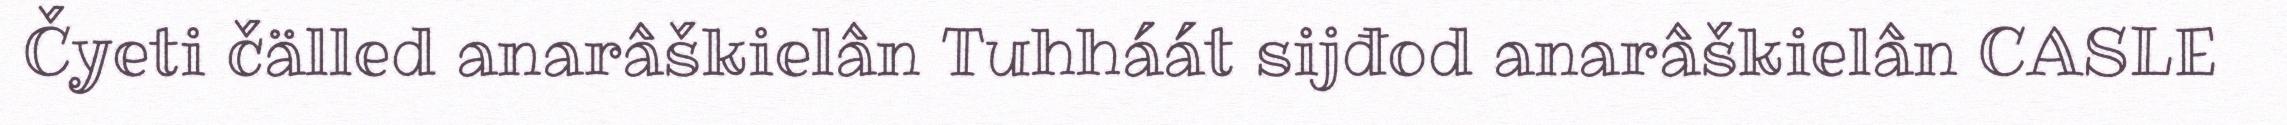
Čyeti čälled anarâškielân Tuhháát sijđod anarâškielân CASLE